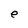
Character: e